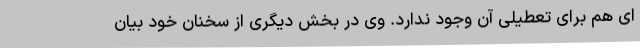
ای هم برای تعطیلی آن وجود ندارد. وی در بخش دیگری از سخنان خود بیان